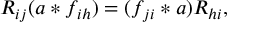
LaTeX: R _ { i j } ( a \ast f _ { i h } ) = ( f _ { j i } \ast a ) R _ { h i } ,